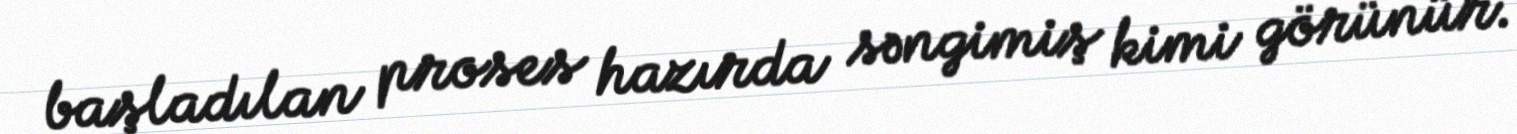
başladılan proses hazırda səngimiş kimi görünür.